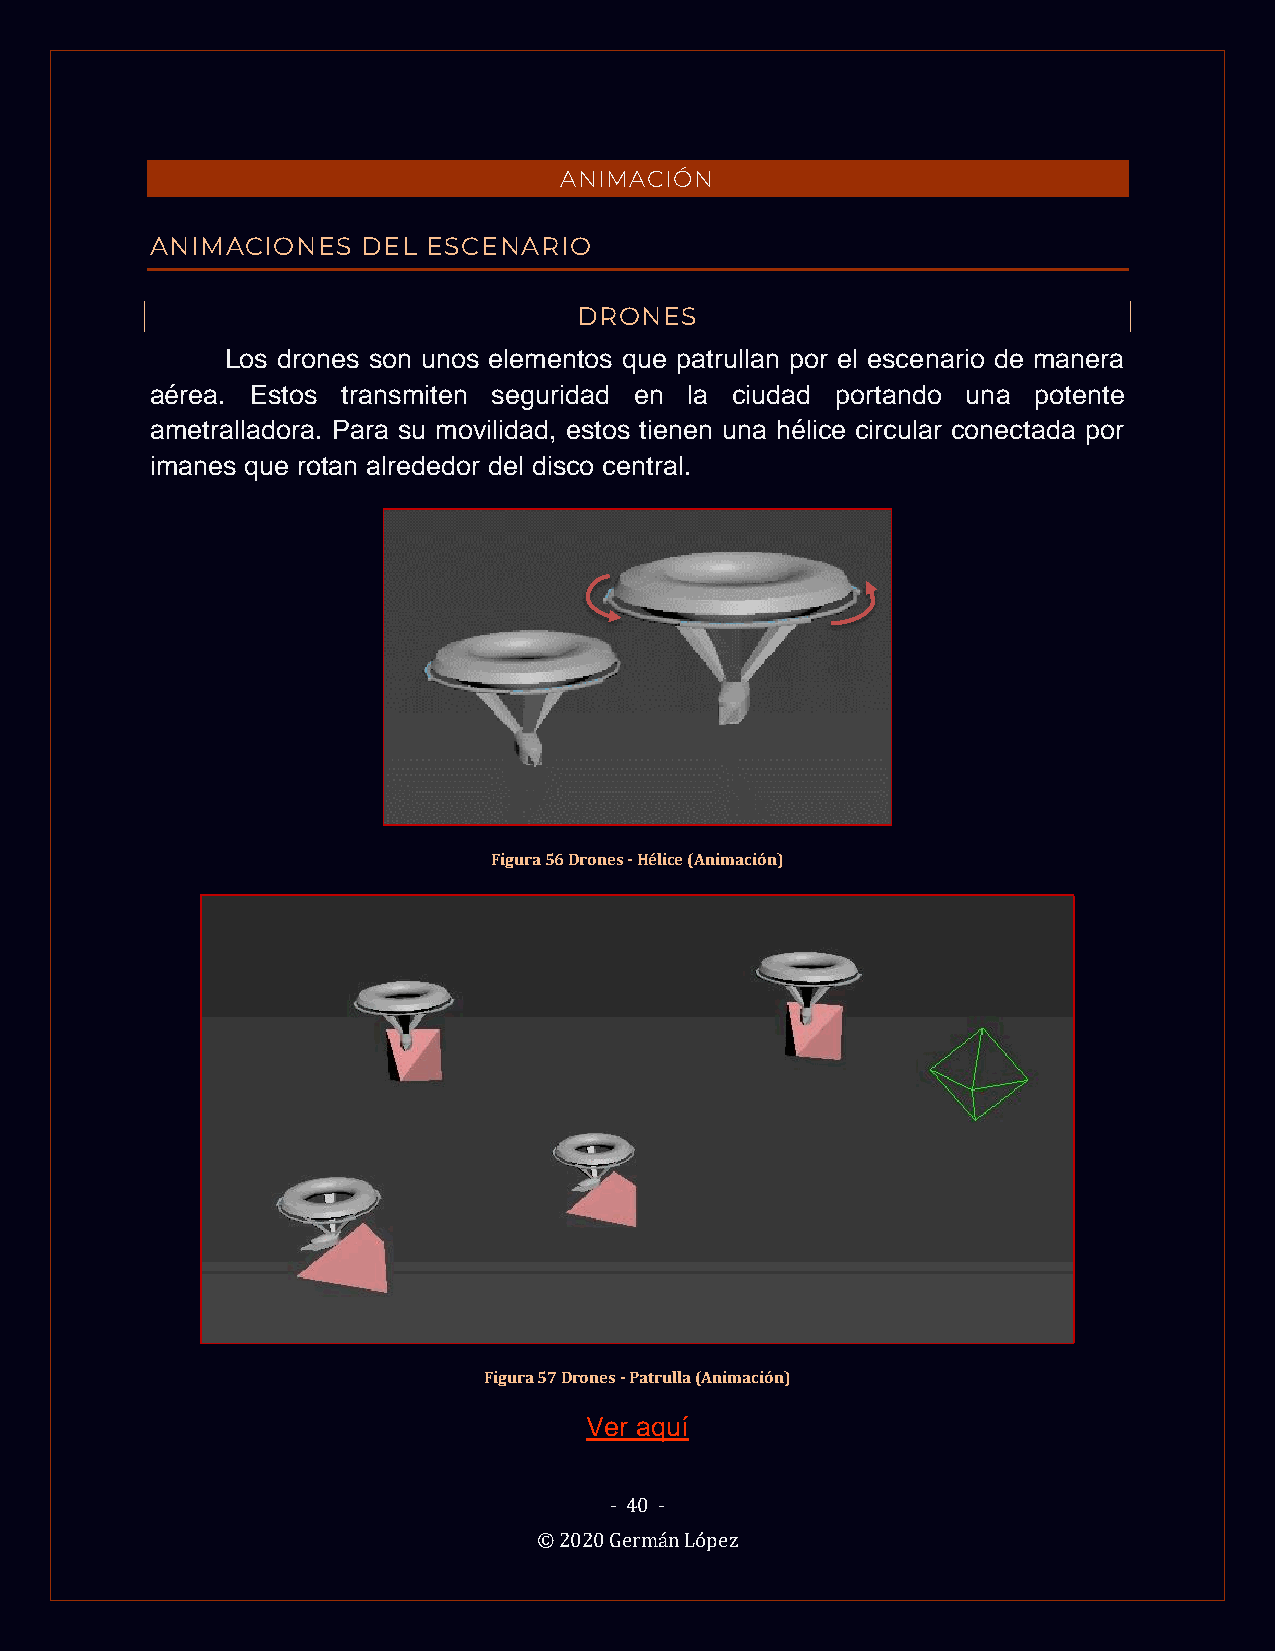
ANIMACIÓN
 ANIMACIONES   DEL ESCENARIO
 DRONES
 Los drones son unos elementos que patrullan por el escenario de manera
 aérea. Estos transmiten seguridad en la ciudad portando una potente
 ametralladora. Para su movilidad, estos tienen una hélice circular conectada por
 imanes que rotan alrededor del disco central.
 Figura 56 Drones - Hélice (Animación)
 Figura 57 Drones - Patrulla (Animación)
 Ver aquí
 - 40 -
 © 2020 Germán López